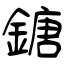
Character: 鎕